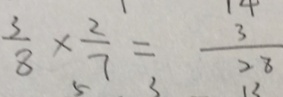
\frac { 3 } { 8 } \times \frac { 2 } { 7 } = \frac { 3 } { 2 8 }